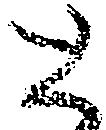
と